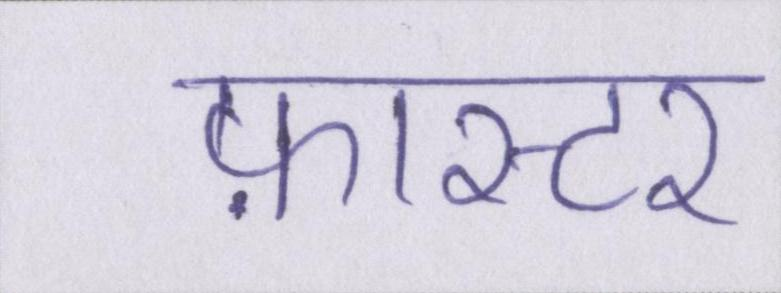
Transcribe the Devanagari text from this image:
फ़ास्टर